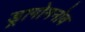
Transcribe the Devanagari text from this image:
ड्रागोमनोव